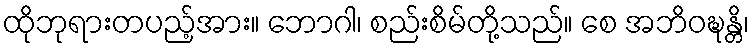
ထိုဘုရားတပည့်အား။ ဘောဂါ၊ စည်းစိမ်တို့သည်။ စေ အဘိဝဍ္ဎန္တိ၊